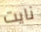
نايت